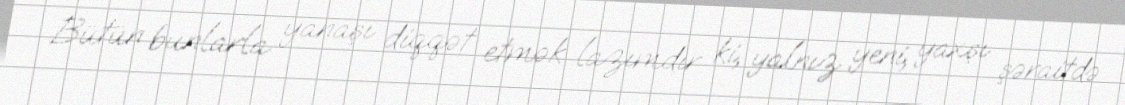
Bütün bunlarla yanaşı diqqət etmək lazımdır ki, yalnız yeni, yaxşı şəraitdə